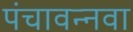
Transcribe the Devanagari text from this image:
पंचावन्नवा